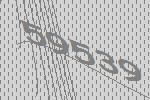
59539